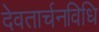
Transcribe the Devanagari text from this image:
देवतार्चनविधि